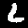
Digit: 6